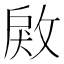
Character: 𢽲